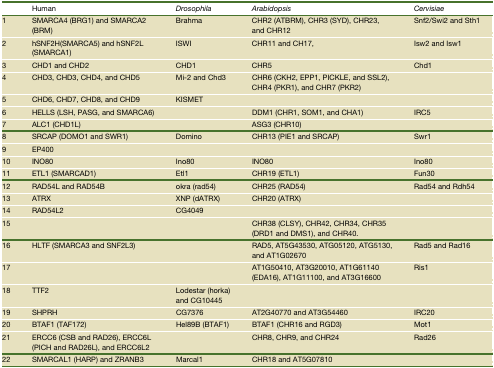
|  | Human | Drosophila | Arabidopsis | Cervisiae |
 | --- | --- | --- | --- | --- |
 | 1 | SMARCA4 (BRG1) and SMARCA2 (BRM) | Brahma | CHR2 (ATBRM), CHR3 (SYD), CHR23, and CHR12 | Snf2/Swi2 and Sth1 |
 | 2 | hSNF2H(SMARCA5) and hSNF2L(SMARCA1) | ISWI | CHR11 and CH17, | Isw2 and Isw1 |
 | 3 | CHD1 and CHD2 | CHD1 | CHR5 | Chd1 |
 | 4 | CHD3, CHD3, CHD4, and CHD5 | Mi-2 and Chd3 | CHR6 (CKH2, EPP1, PICKLE, and SSL2), CHR4 (PKR1), and CHR7 (PKR2) |  |
 | 5 | CHD6, CHD7, CHD8, and CHD9 | KISMET |  |  |
 | 6 | HELLS (LSH, PASG, and SMARCA6) |  | DDM1 (CHR1, SOM1, and CHA1) | IRC5 |
 | 7 | ALC1 (CHD1L) |  | ASG3 (CHR10) |  |
 | 8 | SRCAP (DOMO1 and SWR1) | Domino | CHR13 (PIE1 and SRCAP) | Swr1 |
 | 9 | EP400 |  |  |  |
 | 10 | INO80 | Ino80 | INO80 | Ino80 |
 | 11 | ETL1 (SMARCAD1) | Etl1 | CHR19 (ETL1) | Fun30 |
 | 12 | RAD54L and RAD54B | okra (rad54) | CHR25 (RAD54) | Rad54 and Rdh54 |
 | 13 | ATRX | XNP (dATRX) | CHR20 (ATRX) |  |
 | 14 | RAD54L2 | CG4049 |  |  |
 | 15 |  |  | CHR38 (CLSY), CHR42, CHR34, CHR35 (DRD1 and DMS1), and CHR40. |  |
 | 16 | HLTF (SMARCA3 and SNF2L3) |  | RAD5, AT5G43530, ATG05120, ATG5130, and AT1G02670 | Rad5 and Rad16 |
 | 17 |  |  | AT1G50410, AT3G20010, AT1G61140 (EDA16), AT1G11100, and AT3G16600 | Ris1 |
 | 18 | TTF2 | Lodestar (horka) and CG10445 |  |  |
 | 19 | SHPRH | CG7376 | AT2G40770 and AT3G54460 | IRC20 |
 | 20 | BTAF1 (TAF172) | Hel89B (BTAF1) | BTAF1 (CHR16 and RGD3) | Mot1 |
 | 21 | ERCC6 (CSB and RAD26), ERCC6L (PICH and RAD26L), and ERCC6L2 |  | CHR8, CHR9, and CHR24 | Rad26 |
 | 22 | SMARCAL1 (HARP) and ZRANB3 | Marcal1 | CHR18 and AT5G07810 |  |